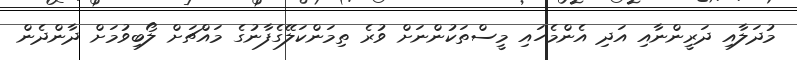
މުދަލާއި ދަރީންނާއި އަދި އެންމެހައި މީސްތަކުންނަށް ވުރެ ތިމަންކަލޭގެފާނުގެ މައްޗަށް ލޯބިވުމަށް ދާންދެން